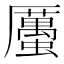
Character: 𧓽